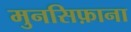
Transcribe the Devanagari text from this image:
मुनसिफ़ाना